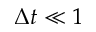
\Delta t \ll 1